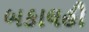
બકાલહૌ